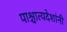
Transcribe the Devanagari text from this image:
पाश्चात्यदेशांनी